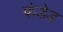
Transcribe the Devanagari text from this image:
फंडेड